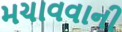
મચાવવાની